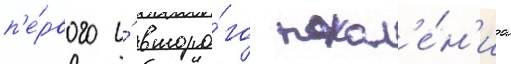
п'е́рвого и́ второ́го покол'е́н'иа